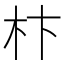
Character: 𣏣